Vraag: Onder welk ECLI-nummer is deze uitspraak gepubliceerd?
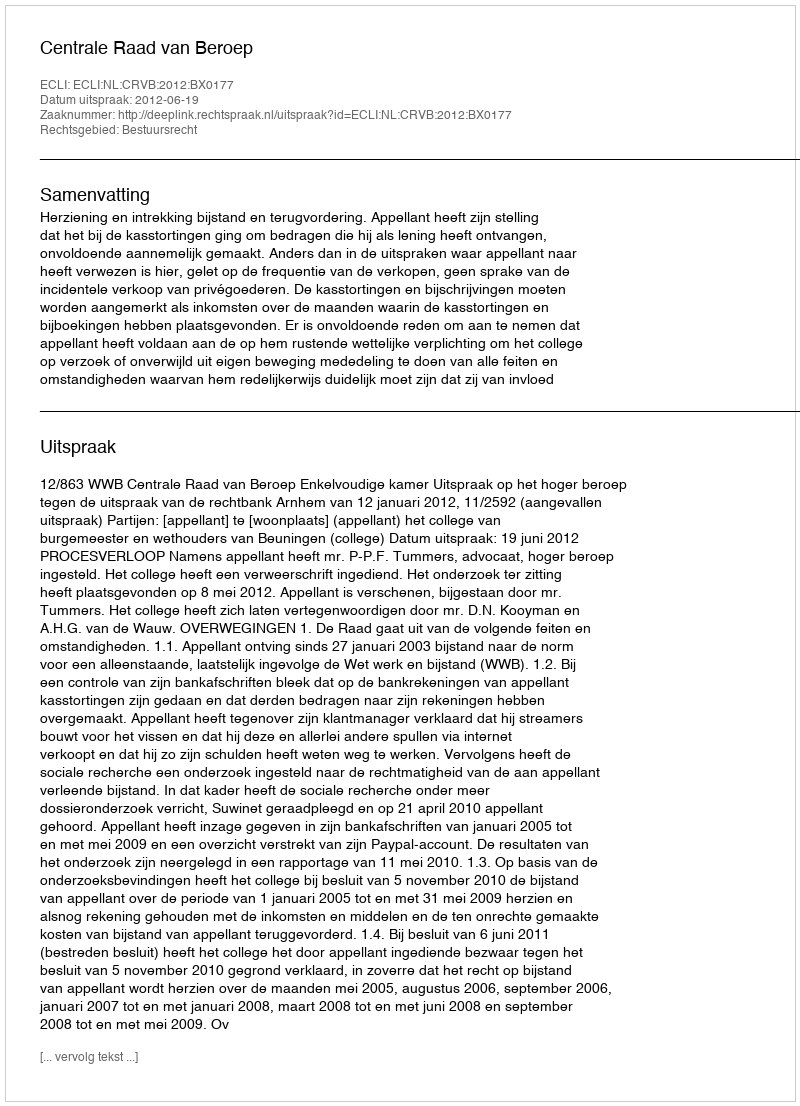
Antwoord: ECLI:NL:CRVB:2012:BX0177